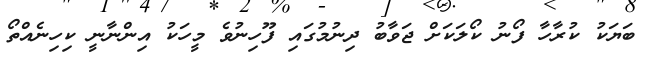
ބަޔަކު ކުރާހާ ފޯނު ކޯލަކަށް ޖަވާބު ދިނުމުގައި ފޫހިނުވެ މީހަކު އިންނާނީ ކިހިނެއްތޯ